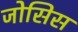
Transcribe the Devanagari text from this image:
जोसिस